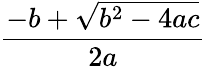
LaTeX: \frac{-b+\sqrt{b^{2}-4ac}}{2a}